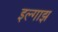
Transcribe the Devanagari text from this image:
इल्गाझ